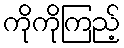
ကိုကိုကြည့်